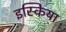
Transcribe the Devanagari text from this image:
इस्किया